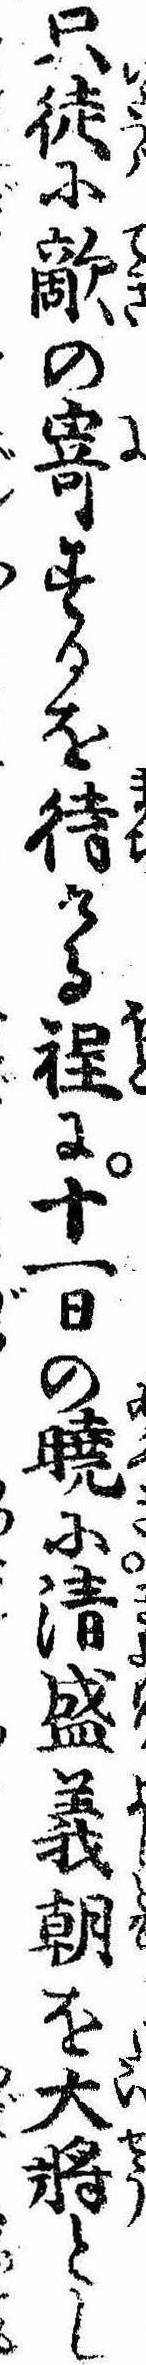
只徒に敵の寄するを待ける程に十一日の暁に清盛義朝を大将とし